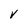
Character: V